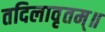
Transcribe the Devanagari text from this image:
तदिलावृतम्॥